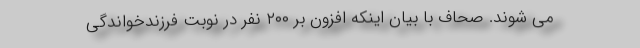
می شوند. صحاف با بیان اینکه افزون بر ۲۰۰ نفر در نوبت فرزندخواندگی